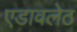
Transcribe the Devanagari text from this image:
एडावलेठ